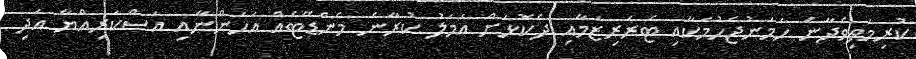
ކުރިމަތިވެދާނެ ހަމަނުޖެހުމަކާއި ޓެރަރިޒަމާއި ދެކޮޅަށް އަމަލު ކުރާނެ މެންޑޭޓެއް އަހަންނާއި އަސްކަރިއްޔާ އަދި